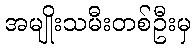
အမျိုးသမီးတစ်ဦးမှ